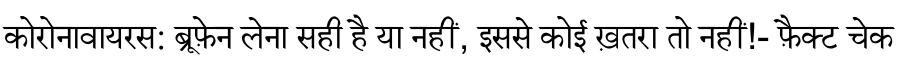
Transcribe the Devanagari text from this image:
कोरोनावायरस: ब्रूफ़ेन लेना सही है या नहीं, इससे कोई ख़तरा तो नहीं!- फ़ैक्ट चेक